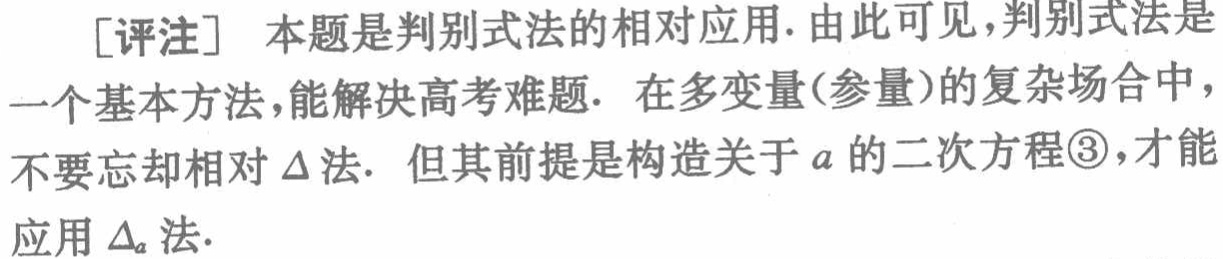
[评注] 本题是判别式法的相对应用. 由此可见,判别式法是一个基本方法,能解决高考难题. 在多变量(参量)的复杂场合中,不要忘却相对\(\Delta\)法. 但其前提是构造关于\(a\)的二次方程\textcircled{3},才能应用\(\Delta_{a}\)法.